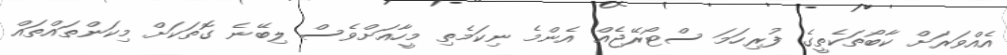
އެއްވަރަށް ކާބޯތަކެތީގެ ފުރިހަމަ ސްޓޯރޭޖެއް އެންމެ ނިކަމެތި މީހާއަށްވެސް ލިބޭނެ ގޮތަކަަށް މިކަންތައްތައް